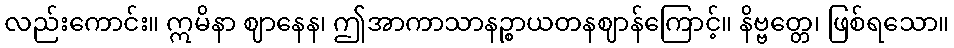
လည်းကောင်း။ ဣမိနာ ဈာနေန၊ ဤအာကာသာနဉ္စာယတနဈာန်ကြောင့်။ နိဗ္ဗတ္တေ၊ ဖြစ်ရသော။